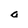
Character: a